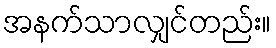
အနက်သာလျှင်တည်း။